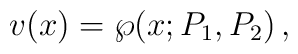
v(x) = \wp(x;P_1,P_2)\,,